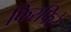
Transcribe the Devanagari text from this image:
फिरफिरे